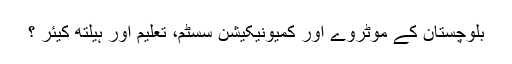
بلوچستان کے موٹروے اور کمیونیکیشن سسٹم، تعلیم اور ہیلتھ کیئر ؟